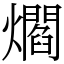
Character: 爓